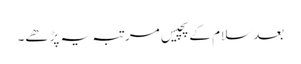
بعد سلام کے پچیس مرتبہ یہ پڑھے۔